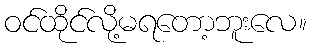
ဝင်ထိုင်လို့မရတော့ဘူးလေ။